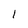
Character: 1